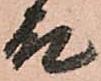
殿